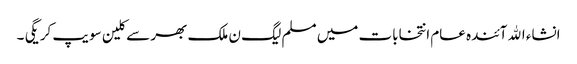
انشاء الله آئندہ عام انتخابات میں مسلم لیگ ن ملک بھر سے کلین سویپ کریگی ۔